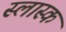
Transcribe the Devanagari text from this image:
स्लास्क